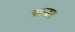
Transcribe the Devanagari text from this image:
खटखट